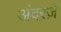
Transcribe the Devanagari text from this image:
अंदरज़े